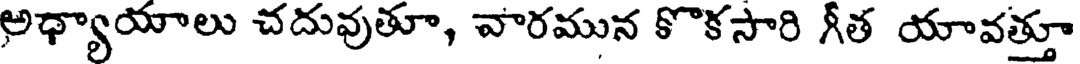
అధ్యాయాలు చదువుతూ, వారమున కొకసారి గీత యావత్తూ